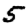
Digit: 5